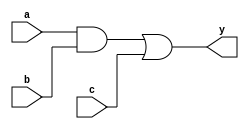
module combinational_logic (
    input wire a,
    input wire b,
    input wire c,
    output reg y
);

// Always block for combinational logic
always @ (a or b or c) begin
    // Immediate assignment
    y = (a & b) | c;  // Example combinational logic: y is true if (a AND b) OR c is true
end

endmodule